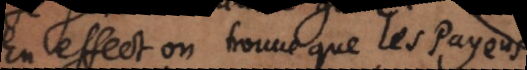
En effect on trouve que les payens